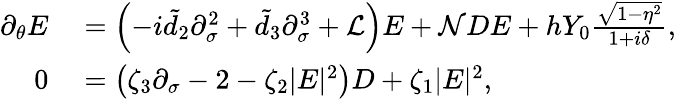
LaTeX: \begin{array}{rl}{\partial_{\theta}E}&{{}=\left(-i\tilde{d}_{2}\partial_{\sigma}^{2}+\tilde{d}_{3}\partial_{\sigma}^{3}+\mathcal{L}\right)E+\mathcal{N}DE+hY_{0}\frac{\sqrt{1-\eta^{2}}}{1+i\delta},}\\ {0}&{{}=\left(\zeta_{3}\partial_{\sigma}-2-\zeta_{2}|E|^{2}\right)D+\zeta_{1}|E|^{2},}\end{array}